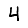
Digit: 4